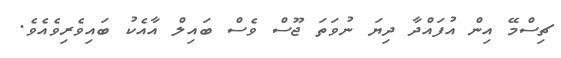
ޗިސްމޭ އިން އުފައްދާ ދިޔަ ނުވަތަ ޖޫސް ވެސް ބައިލް އާއެކު ބައިވެރިވެއެވެ.